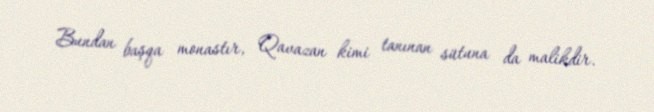
Bundan başqa monastır, Qavazan kimi tanınan sütuna da malikdir.